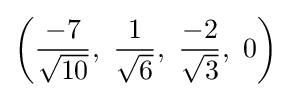
\left({\frac {-7}{\sqrt {10}}},\ {\frac {1}{\sqrt {6}}},\ {\frac {-2}{\sqrt {3}}},\ 0\right)